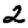
Digit: 2